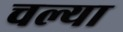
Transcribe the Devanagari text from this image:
चल्या